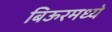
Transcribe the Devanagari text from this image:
बिऊरमध्ये